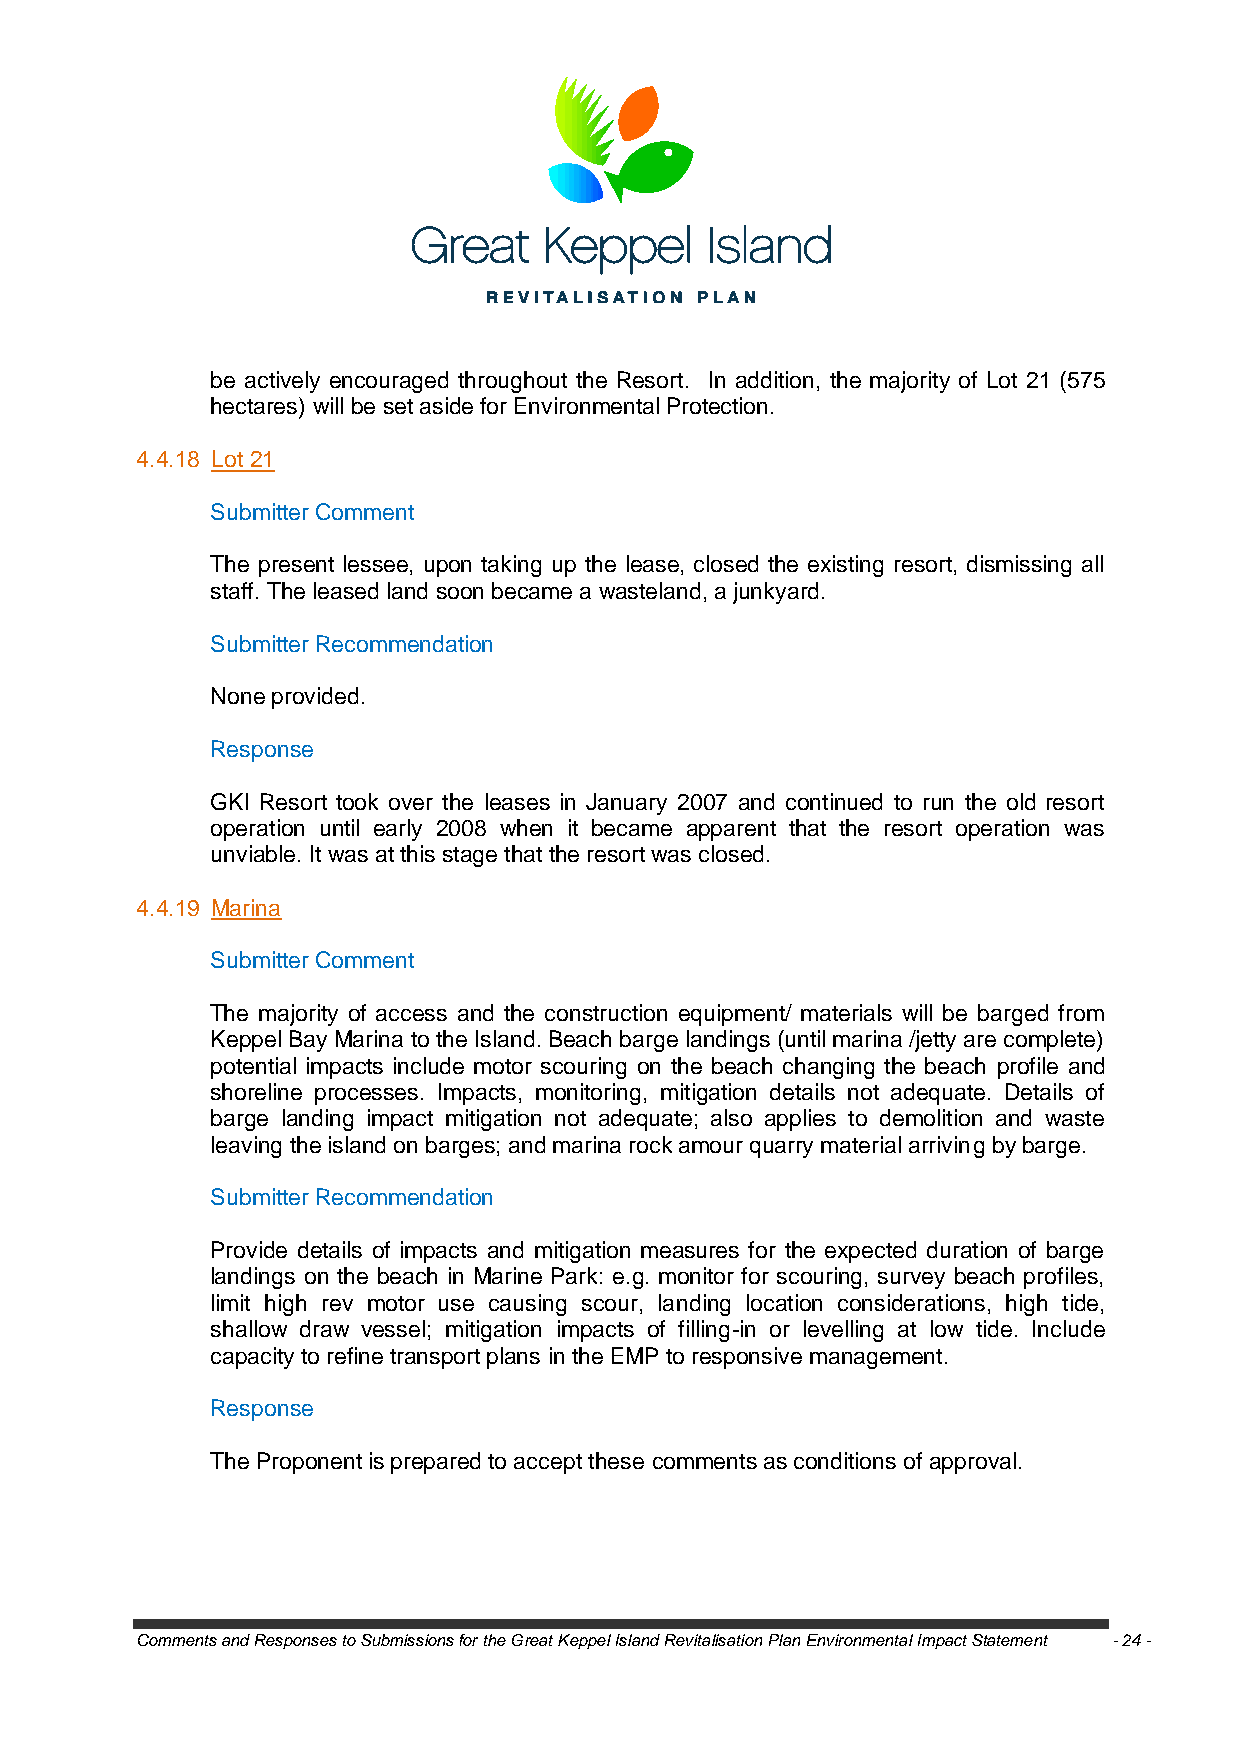
be actively encouraged throughout the Resort. In addition, the majority of Lot 21 (575
 hectares) will be set aside for Environmental Protection.
 4.4.18 Lot 21
 Submitter Comment
 The present lessee, upon taking up the lease, closed the existing resort, dismissing all
 staff. The leased land soon became a wasteland, a junkyard.
 Submitter Recommendation
 None provided.
 Response
 GKI Resort took over the leases in January 2007 and continued to run the old resort
 operation until early 2008 when it became apparent that the resort operation was
 unviable. It was at this stage that the resort was closed.
 4.4.19 Marina
 Submitter Comment
 The majority of access and the construction equipment/ materials will be barged from
 Keppel Bay Marina to the Island. Beach barge landings (until marina /jetty are complete)
 potential impacts include motor scouring on the beach changing the beach profile and
 shoreline processes. Impacts, monitoring, mitigation details not adequate. Details of
 barge landing impact mitigation not adequate; also applies to demolition and waste
 leaving the island on barges; and marina rock amour quarry material arriving by barge.
 Submitter Recommendation
 Provide details of impacts and mitigation measures for the expected duration of barge
 landings on the beach in Marine Park: e.g. monitor for scouring, survey beach profiles,
 limit high rev motor use causing scour, landing location considerations, high tide,
 shallow draw vessel; mitigation impacts of filling-in or levelling at low tide. Include
 capacity to refine transport plans in the EMP to responsive management.
 Response
 The Proponent is prepared to accept these comments as conditions of approval.
 Comments and Responses to Submissions for the Great Keppel Island Revitalisation Plan Environmental Impact Statement - 24 -